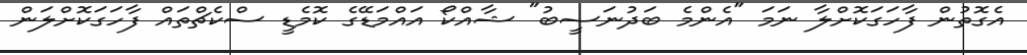
އެގޮތުން ފާހަގަކޮށްލާ ނަމަ "އެންމެ ބަދުނަސީބު" ޝާއްކޯ އައްމަޑޭގެ ކޮމެޑީ ސްކެޗްތައް ފާހަގަކޮށްލަން